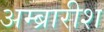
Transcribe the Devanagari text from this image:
अम्ब्रारीश